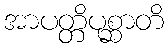
အာပတ္တိပုစ္ဆာတိ